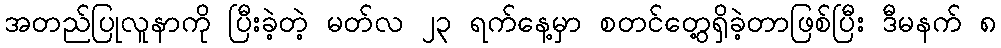
အတည်ပြုလူနာကို ပြီးခဲ့တဲ့ မတ်လ ၂၃ ရက်နေ့မှာ စတင်တွေ့ရှိခဲ့တာဖြစ်ပြီး ဒီမနက် ၈